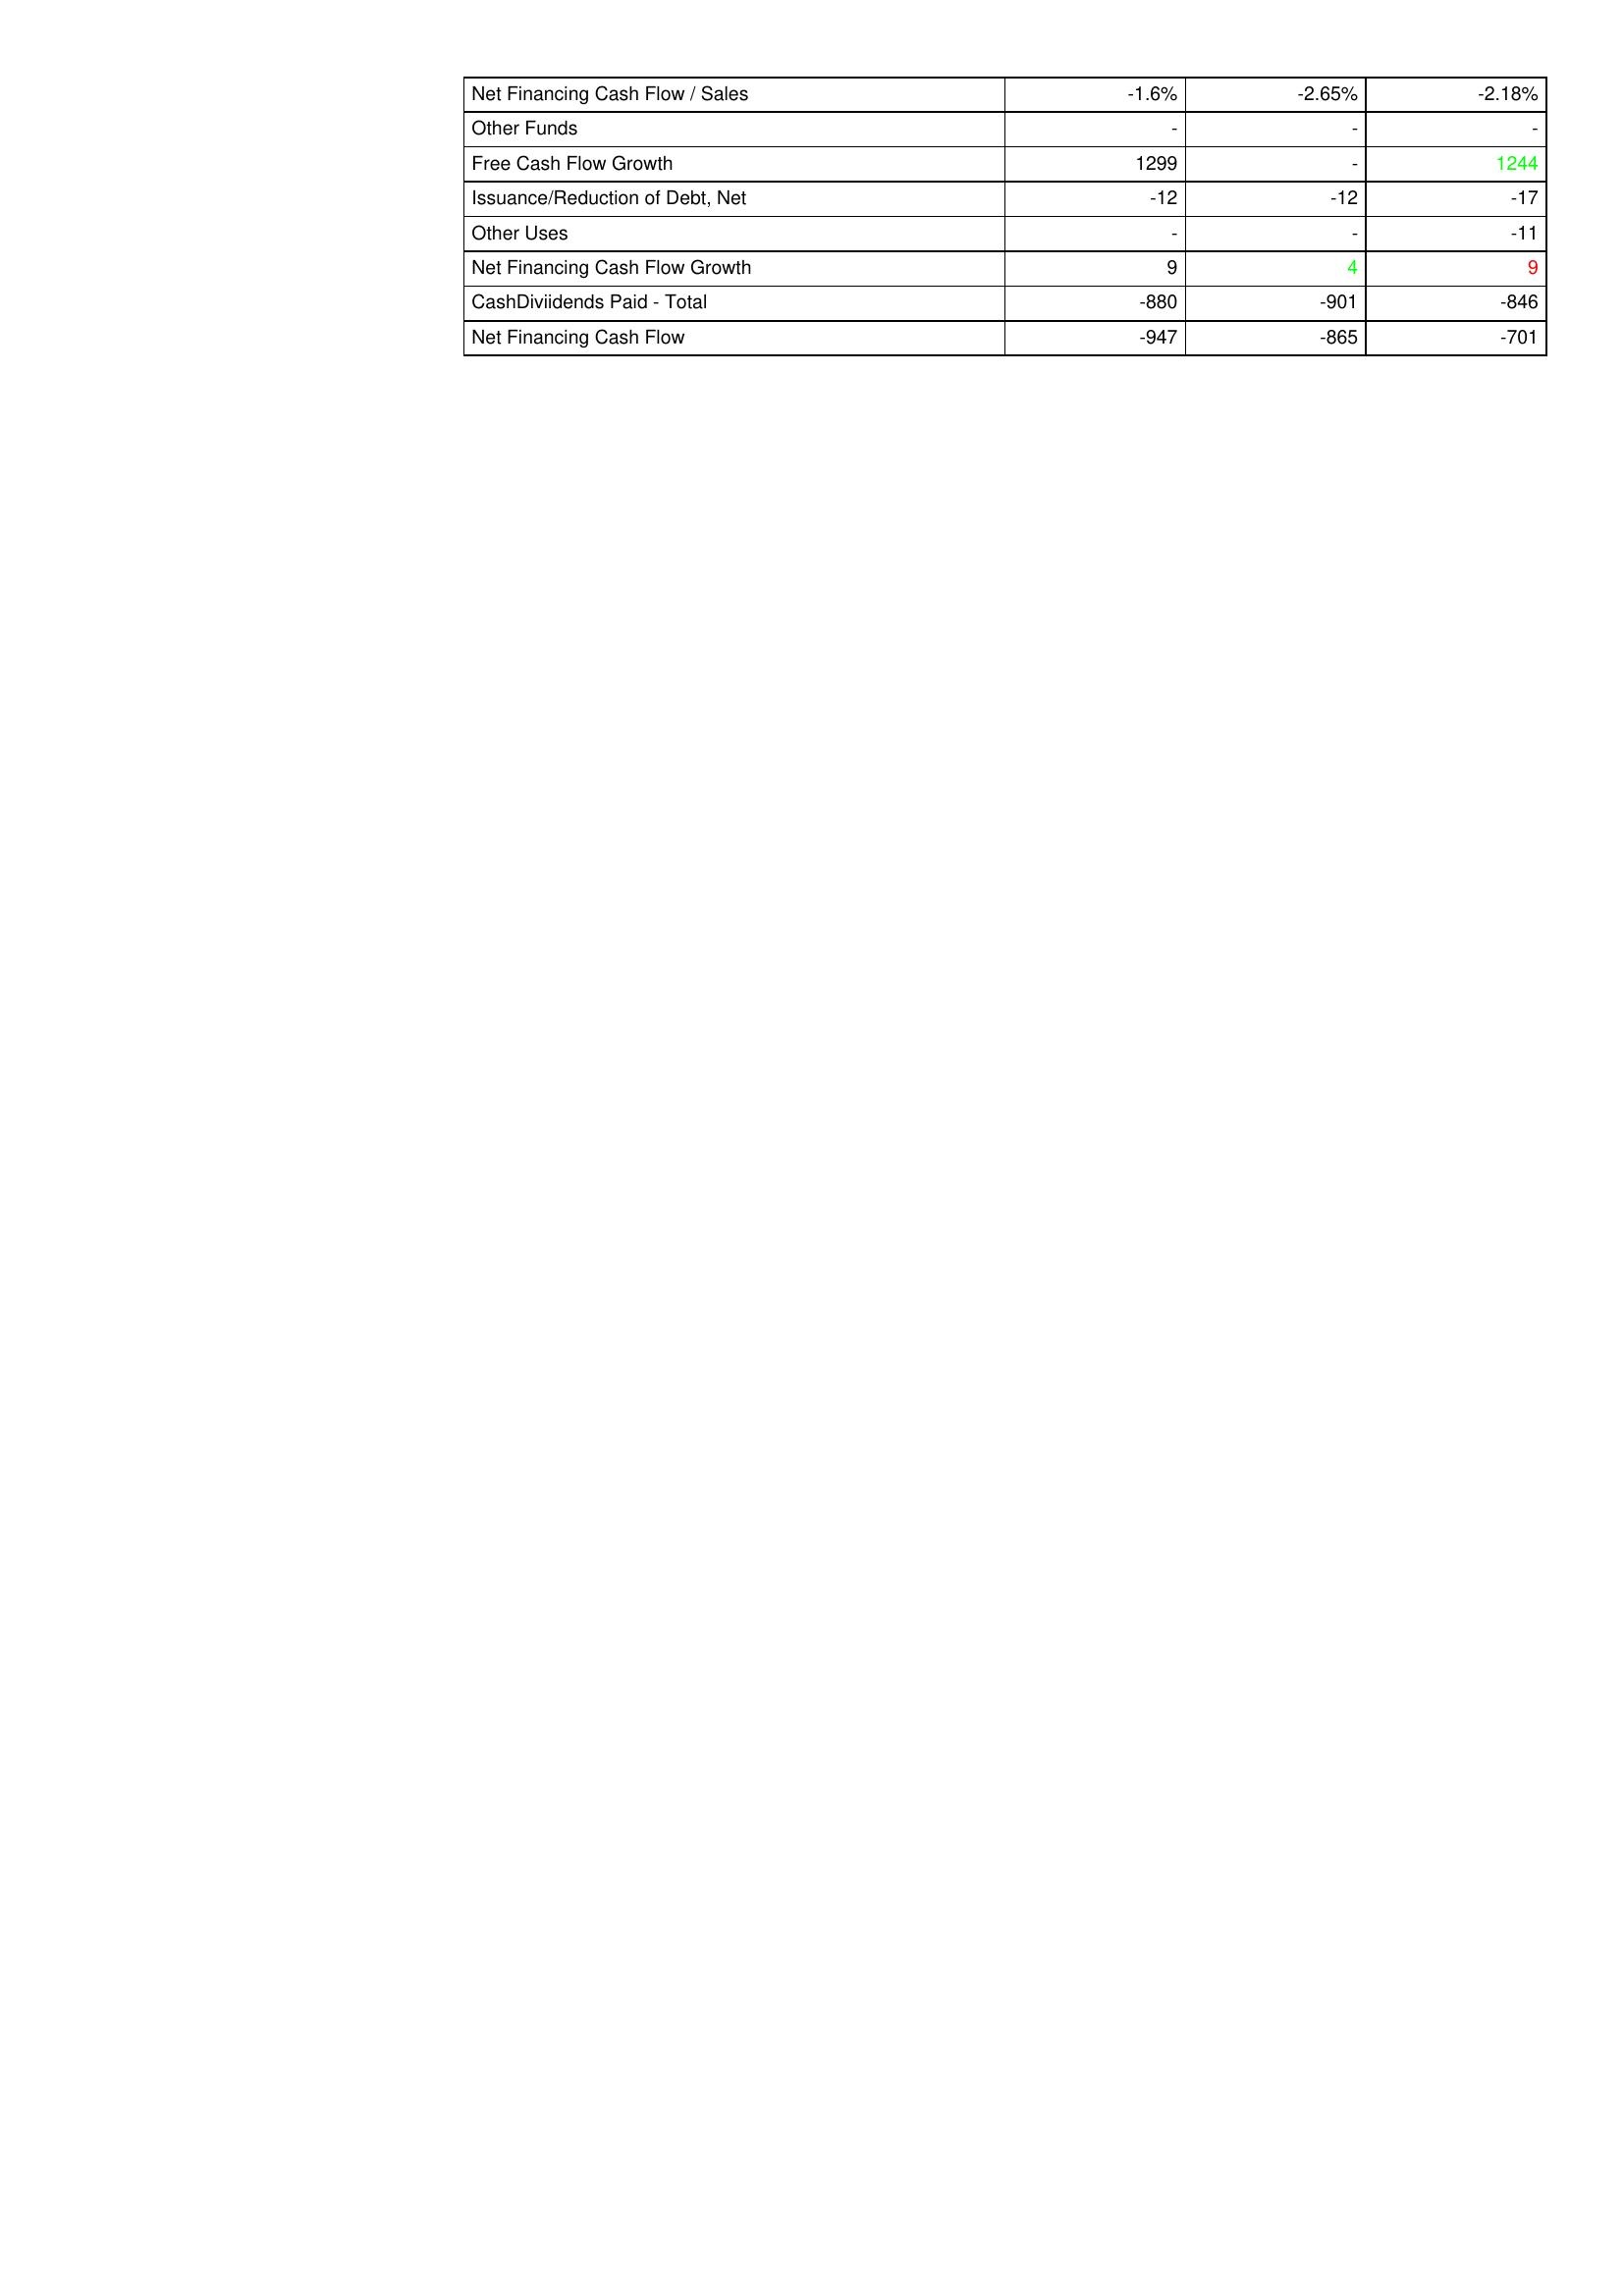
gt_parse: 2004: Financing Activities: Net Financing Cash Flow / Sales: -1.6%
Other Funds: -
Free Cash Flow Growth: 1299
Issuance/Reduction of Debt, Net: -12
Other Uses: -
Net Financing Cash Flow Growth: 9
CashDiviidends Paid - Total: -880
Net Financing Cash Flow: -947
2003: Financing Activities: Net Financing Cash Flow / Sales: -2.65%
Other Funds: -
Free Cash Flow Growth: -
Issuance/Reduction of Debt, Net: -12
Other Uses: -
Net Financing Cash Flow Growth: 4
CashDiviidends Paid - Total: -901
Net Financing Cash Flow: -865
2002: Financing Activities: Net Financing Cash Flow / Sales: -2.18%
Other Funds: -
Free Cash Flow Growth: 1244
Issuance/Reduction of Debt, Net: -17
Other Uses: -11
Net Financing Cash Flow Growth: 9
CashDiviidends Paid - Total: -846
Net Financing Cash Flow: -701